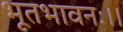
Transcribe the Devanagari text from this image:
भूतभावनः।।